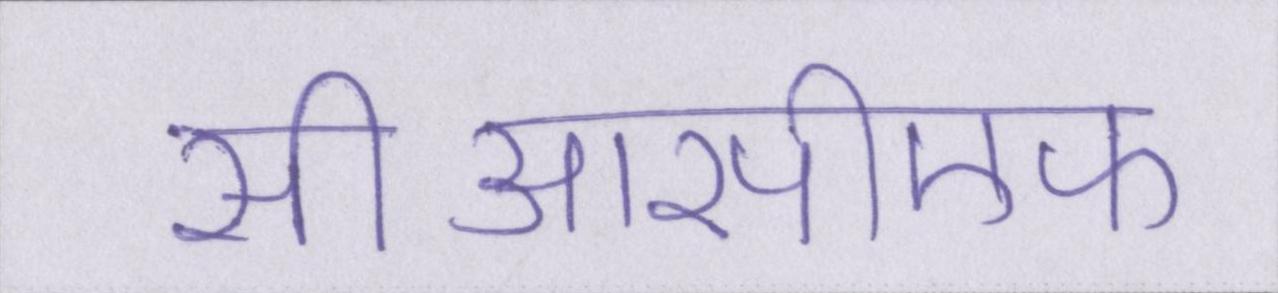
सीआरपीएफ